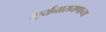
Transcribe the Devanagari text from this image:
सूर्यनारायणाच्या